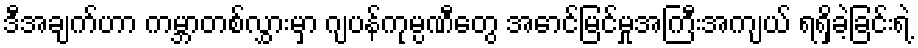
ဒီအချက်ဟာ ကမ္ဘာတစ်လွှားမှာ ဂျပန်ကုမ္ပဏီတွေ အောင်မြင်မှုအကြီးအကျယ် ရရှိခဲ့ခြင်းရဲ့